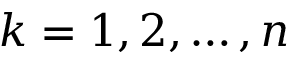
k = 1 , 2 , \ldots , n